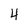
Character: 4